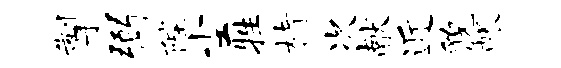
掣弼陛尘牲楮次献近貌帐